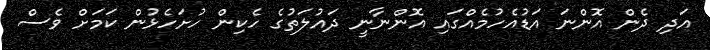
އަދި ދެން އޮންނަ އަޑުއެހުމެއްގައި އޮންނާނީ ދައުލަތުގެ ހެކިން ހުށަހެޅުން ކަމަށް ވެސް